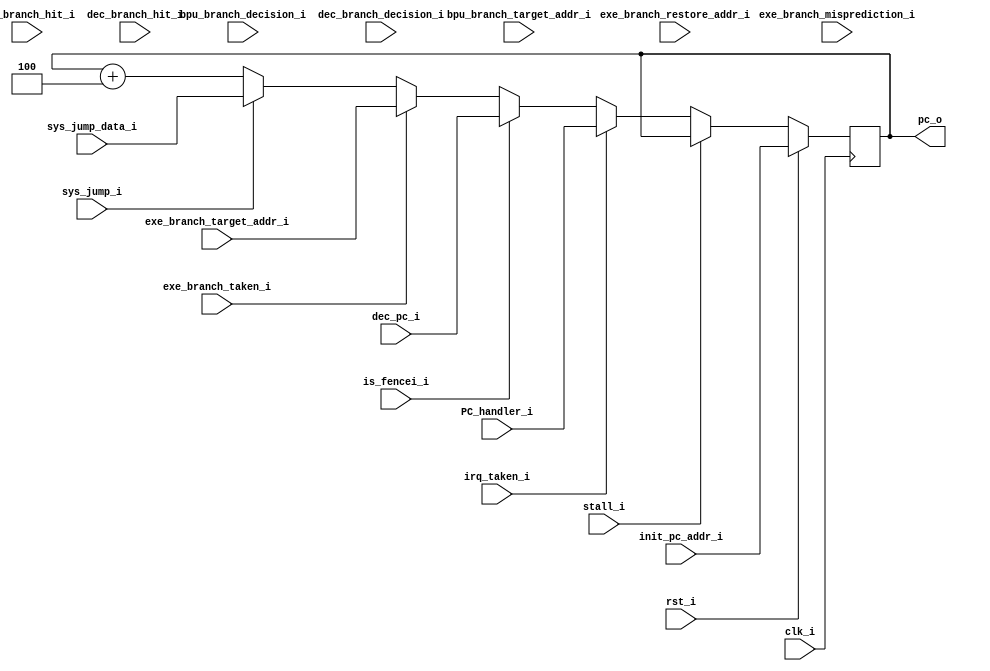
module program_counter #( parameter XLEN = 32 )
(
    // System signals
    input               clk_i,
    input               rst_i,

    // Program counter address at reset
    input  [XLEN-1 : 0] init_pc_addr_i,

    // Interrupt
    input               irq_taken_i,
    input  [XLEN-1 : 0] PC_handler_i,

    // Signal that stalls Program_Counter
    input               stall_i,

    // from BPU
    input               bpu_branch_hit_i,
    input               bpu_branch_decision_i,
    input  [XLEN-1 : 0] bpu_branch_target_addr_i,

    // System Jump operation
    input               sys_jump_i,
    input  [XLEN-1 : 0] sys_jump_data_i,

    // from Decode
    input               dec_branch_hit_i,
    input               dec_branch_decision_i,
    input  [XLEN-1 : 0] dec_pc_i,

    // from Execute
    input               exe_branch_misprediction_i,
    input               exe_branch_taken_i,
    input  [XLEN-1 : 0] exe_branch_target_addr_i,
    input  [XLEN-1 : 0] exe_branch_restore_addr_i,  // already increment 4 in execute
    input               is_fencei_i,

    // to i-memory
    output [XLEN-1 : 0] pc_o
);

/* -------------------------------------------------------------------- *
 *      RISC-V has 32-bit instruction and 16-bit instruction(RVC)       *
 *      So, pc_r <= pc_r + 4   or   pc_r + 2;                           *
 *      However, we don't support rvc module currently                  *
 * -------------------------------------------------------------------- */
reg  [XLEN-1 : 0] pc_r;
wire              rv32 = 1;
wire [ 2 : 0]     pc_offset = rv32 ? 4 : 2;
wire [XLEN-1 : 0] pc_increment;

assign pc_increment = pc_r + pc_offset;

always @(posedge clk_i)
begin
    if (rst_i)
        pc_r <= init_pc_addr_i;
    else if (stall_i)             // Stall should have higher priority than irq_taken.
        pc_r <= pc_r;
    else if (irq_taken_i)
        pc_r <= PC_handler_i;
    else
`ifdef ENABLE_BRANCH_PREDICTION
// `ifndef disable_bpu

    // with branch predictor
    if (is_fencei_i)
        pc_r <= dec_pc_i;
    else
    if (exe_branch_taken_i & !dec_branch_hit_i)
        pc_r <= exe_branch_target_addr_i;
    else if (exe_branch_misprediction_i)
        pc_r <= dec_branch_decision_i ? exe_branch_restore_addr_i : exe_branch_target_addr_i;
    else if (sys_jump_i)
        pc_r <= sys_jump_data_i;
    else if (bpu_branch_hit_i & bpu_branch_decision_i)
        pc_r <= bpu_branch_target_addr_i;
    else
        pc_r <= pc_increment;
`else
    // without branch predictor
    if (is_fencei_i)
        pc_r <= dec_pc_i;
    else if (exe_branch_taken_i) pc_r <= exe_branch_target_addr_i;
    else if (sys_jump_i) pc_r <= sys_jump_data_i;
    else pc_r <= pc_increment;
`endif
end

// ================================================================================
//  Output Signals
//
assign pc_o = pc_r;

endmodule